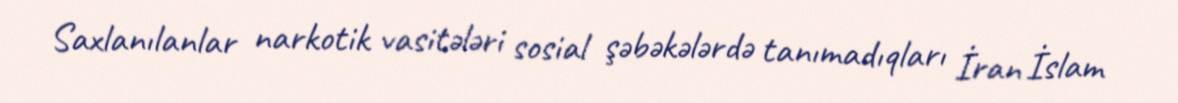
Saxlanılanlar narkotik vasitələri sosial şəbəkələrdə tanımadıqları İran İslam